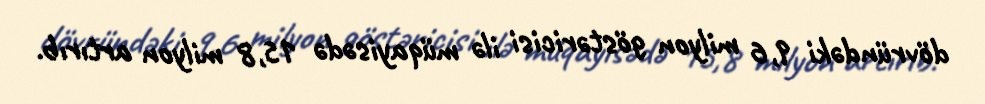
dövründəki 9,6 milyon göstəricisi ilə müqayisədə 15,8 milyon artırıb.